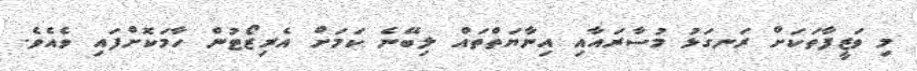
މި ވަޒީފާތަކަށް ރަނގަޅު މުސާރައާއި އިނާޔަތްތައް ލިބޭނެ ކަމަށް އެރިޒޯޓުން ހާމަކޮށްފައި ވެއެވެ.